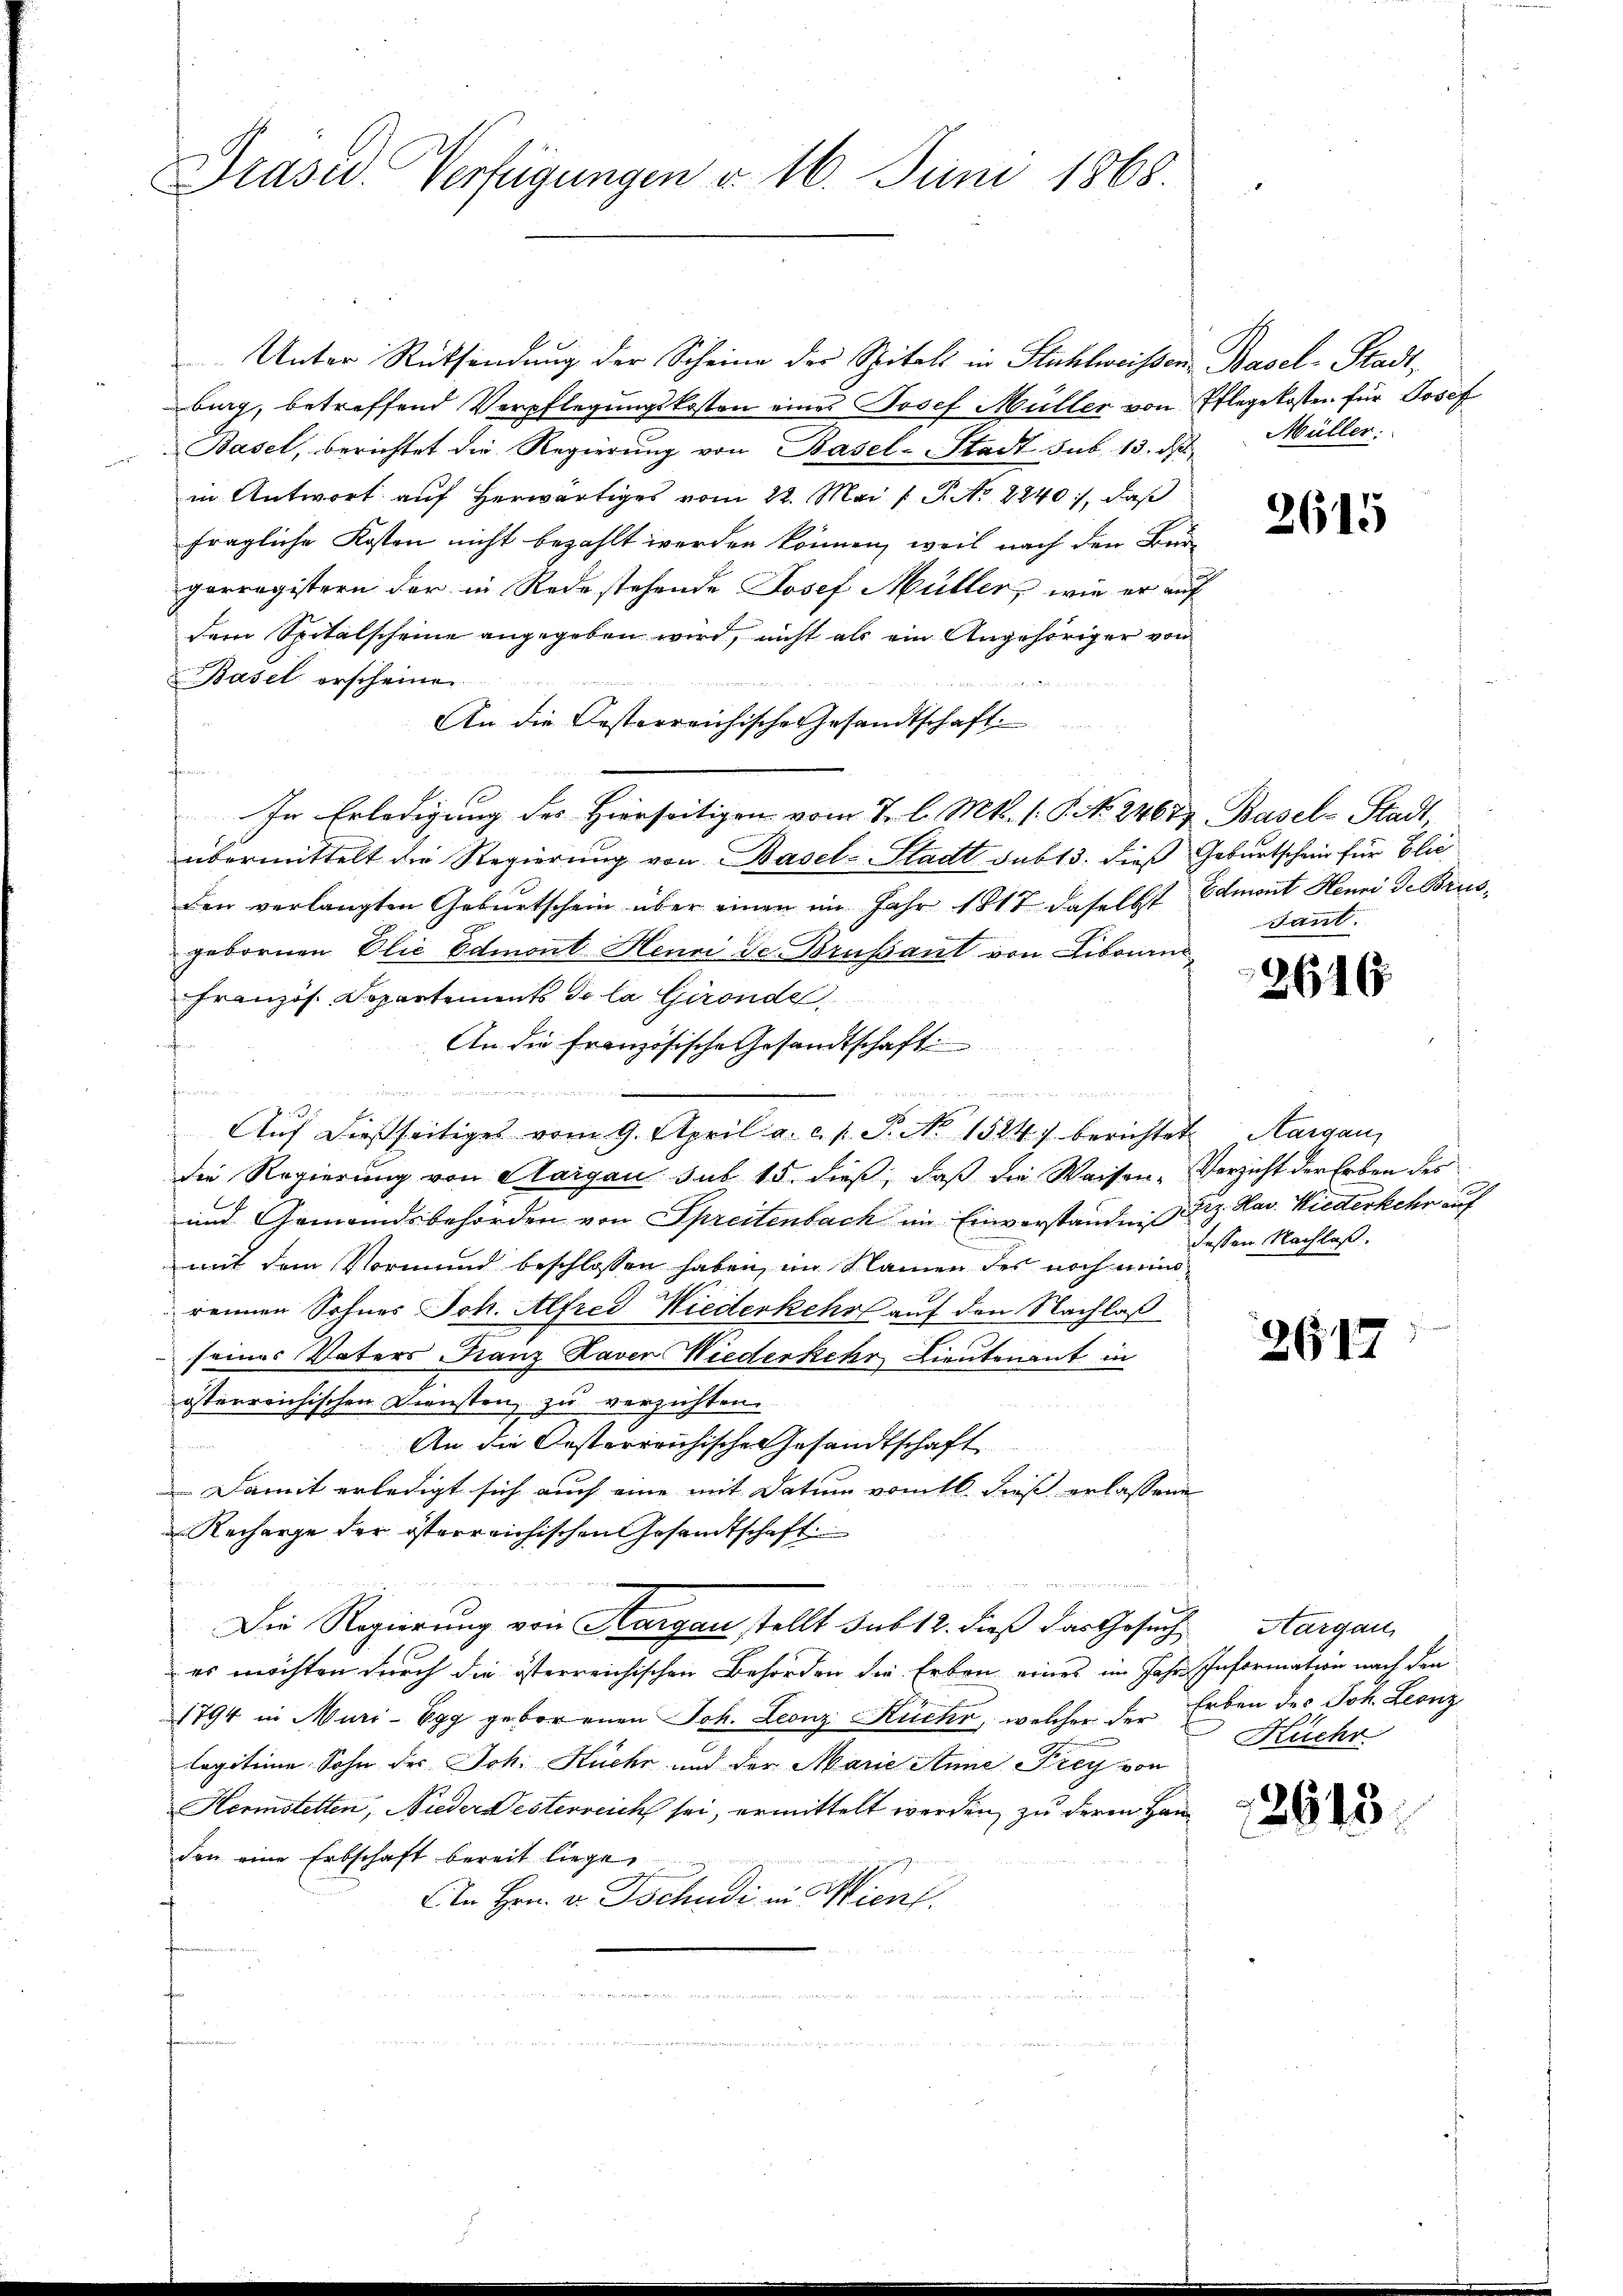
Praser Verfügungen v. 16. Juni 1868.

Unter Rücksendung der Scheine der Spitals in Stuhlweissen-Basel-Stadtbig, betreffend Verpflegungskosten eines Josef Müller von Pflegekosten für Josef
Basel, berichtet die Regierung von Basel-Stadt sub. 13. ds
in Antwort auf herwärtiges vom 22. Mai 1 P. No 2840, daß
fragliche Kosten nicht bezahlt werden können, weil nach den Bürgerregistern der in Redestehende Josef Müller, wie er auf
dem Spitalscheine angegeben wird, nicht als ein Angehöriger von
Basel erscheinen
An die Oesterreichische Gesandtschaft
gen
In Erledigung des Hierseitigen vom 7. l. Mts. 1. P. No. 24679. Basel-Stadt,
übermittelt die Regierung von Basel-Stadt sub 13. dieß Geburtschein für Elic¬
Den verlangten Geburtschein über einen im Jahr 1817 daselbst Edmont Henni de Brusgebornen Die Edmont Heuri de Brussant von Libauins
Französ. Departements de la Gironde
n
An die Französische Gesandtschaft

Aŭf dießseitiges vom 9. April a. c. s. S. Nr. 1524) berichtet Aargau,
die Regierung von Aargau sub 15. dieß, daß die Waisen- Verzicht der Erben des
und Gemeindsbehörden von Spreitenbach im Einverständniß dez. Hav. Wiederkehr auf
mit dem Vormund beschlossen haben, im Namen des noch minrennen Sohnes Joh. Alfred Wiederkehr auf den Nachlaß
seines Vaters Franz Laver Wiederkehr Lieutenant in
österreichischen Diensten zu verzichten.
An die Oesterreichische Gesandtschaft
Damit erledigt sich auch eine mit Datum vom 16 dieß erlassene
Recharge der österreichischen Gesandtschaft
Die Regierung von Aargau stellt sub 12. dieß das Gesuch Aargau,
es möchten durch die österreichischen Behörden die Erben eines im Jahre Information nach den
1794 in Muri-Egg geborenen Joh. Leonz Küche, welcher der Erben des Joh. Leonz
Cagitime Sohn des Joh. Huehr und der Marie Anne Frey von
Hermstetten, Nieder Westerreich sei, ermittelt werden, zu deren Handen eine Erbschaft bereit liege,
An Hrn. v. Tschudi in Wien.
7
e

n

Müller:

2615

sant.

2616.

dessen Nachlaß.

2617

Kuchr

2613